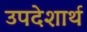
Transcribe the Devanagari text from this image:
उपदेशार्थ